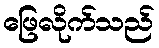
ဖြေလိုက်သည်